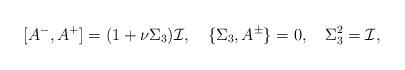
LaTeX: \begin{align*}[A^-,A^+]=(1+\nu\Sigma_3){\cal I},\quad\{\Sigma_3,A^\pm\}=0,\quad \Sigma_3^2={\cal I},\end{align*}